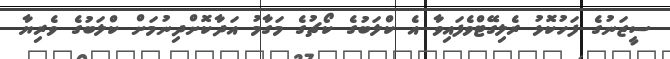
ސީޒަނުގެ ފަހުކޮޅު ރެލިގޭޓްވެފައިވާ އެ ކްލަބުގެ ކޯޗުގެ މަގާމު އަދާކޮށްދިނުމަށް ކްލަބުގެ ވެރިޔާ